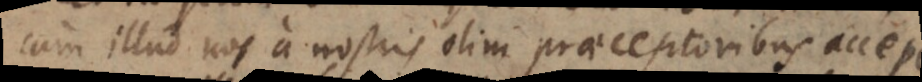
cum illud nos a nostris olim praeceptoribus accep